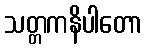
သတ္တကနိပါတော